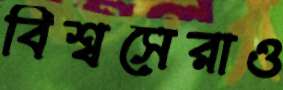
বিশ্বসেরাও